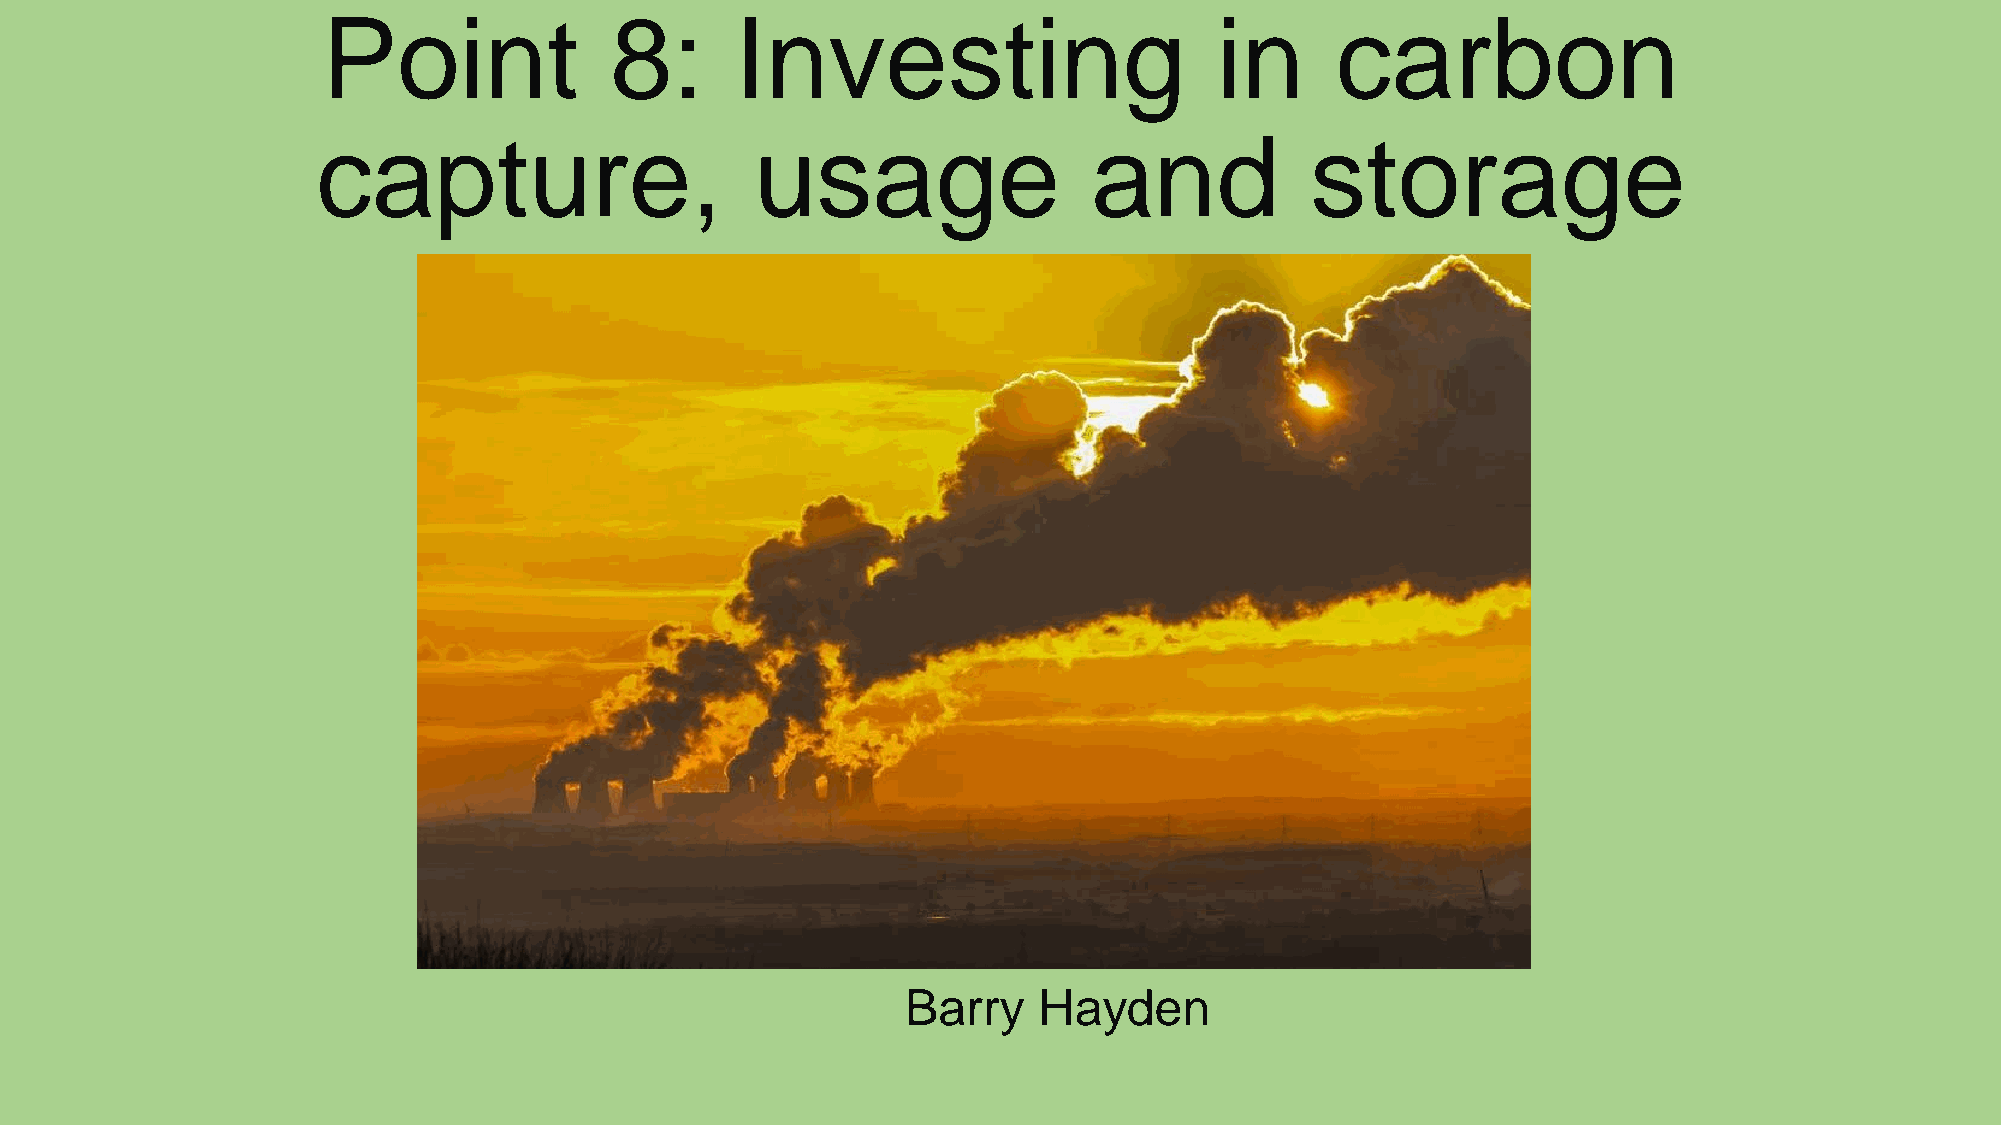
Point              8:       Investing                      in      carbon
 capture,                     usage                 and            storage
 Barry    Hayden